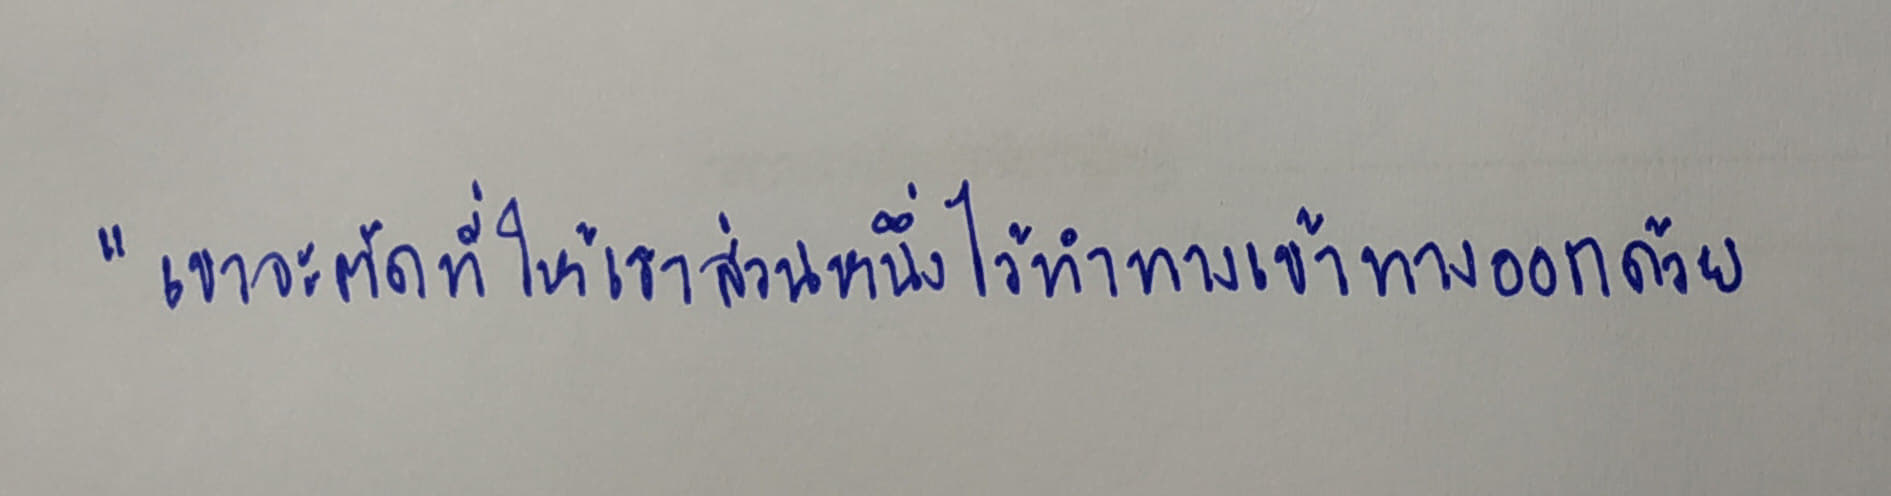
"เขาจะตัดที่ให้เราส่วนหนึ่งไว้ทำทางเข้าทางออกด้วย